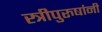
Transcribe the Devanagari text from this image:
स्त्रीपुरुषांनी